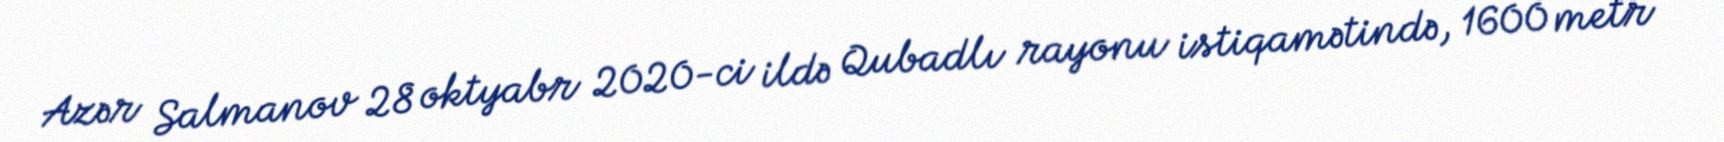
Azər Salmanov 28 oktyabr 2020-ci ildə Qubadlı rayonu istiqamətində, 1600 metr